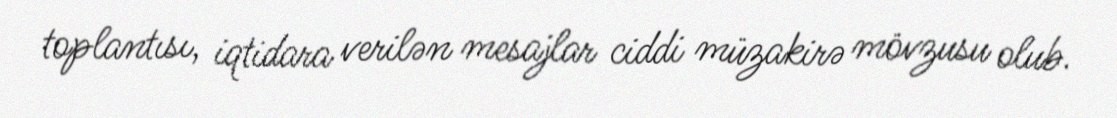
toplantısı, iqtidara verilən mesajlar ciddi müzakirə mövzusu olub.